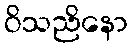
ဝိသညိနော